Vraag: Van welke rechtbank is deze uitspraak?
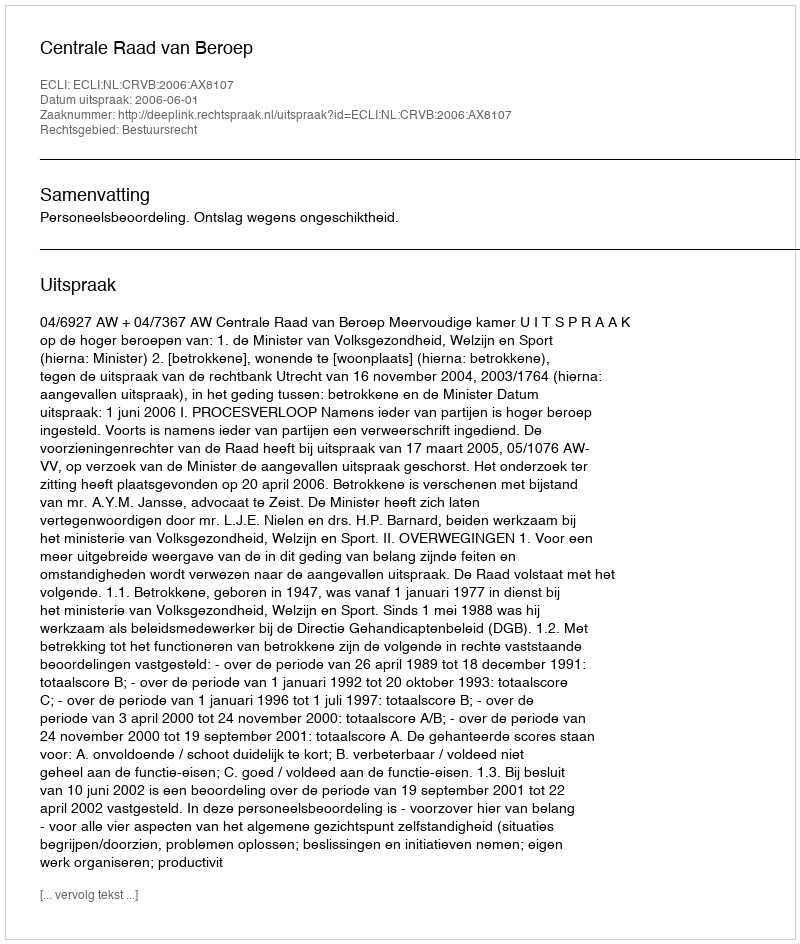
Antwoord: Centrale Raad van Beroep